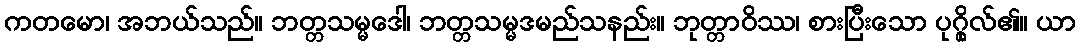
ကတမော၊ အဘယ်သည်။ ဘတ္တသမ္မဒေါ၊ ဘတ္တသမ္မဒမည်သနည်း။ ဘုတ္တာဝိဿ၊ စားပြီးသော ပုဂ္ဂိုလ်၏။ ယာ